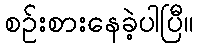
စဉ်းစားနေခဲ့ပါပြီ။